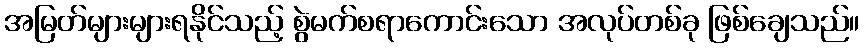
အမြတ်များများရနိုင်သည့် စွဲမက်စရာကောင်းသော အလုပ်တစ်ခု ဖြစ်ချေသည်။